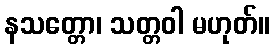
နသတ္တော၊ သတ္တဝါ မဟုတ်။